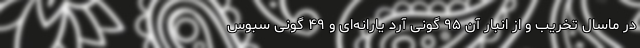
در ماسال تخریب و از انبار آن ۹۵ گونی آرد یارانه‌ای و ۴۹ گونی سبوس